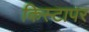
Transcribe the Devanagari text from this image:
किस्टापर